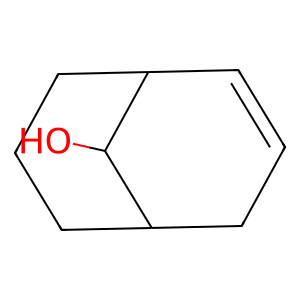
SMILES: OC1C2C=CCC1CCC2
Inhibits HIV replication: No